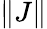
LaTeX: \| J\|